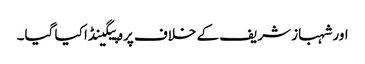
اور شہباز شریف کے خلاف پروپیگینڈا کیا گیا۔